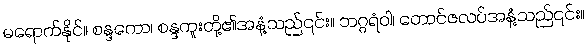
မရောက်နိုင်။ စန္ဒကော၊ စန္ဒကူးတို့၏အနံ့သည်၎င်း။ ဘဂ္ဂရံဝါ၊ တောင်ဇလပ်အနံ့သည်၎င်း။